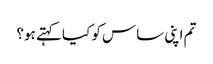
تم اپنی ساس کو کیا کہتے ہو؟